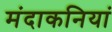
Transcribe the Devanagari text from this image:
मंदाकनियां